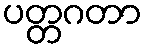
ပတ္တဂတာ